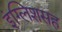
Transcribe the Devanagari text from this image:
इंग्लिशसह